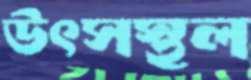
উৎসস্থল